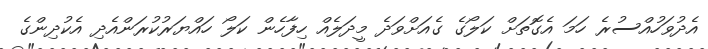
އެދުވަހުއްސުރެ ހަމަ އެގޮތަށް ކަލޯގެ ގެއަށްވަދެ މީދަލެއް ހިފާހެން ކަލޯ ހައްޔަރުކުރަންއެދި އެކުދިންގެ